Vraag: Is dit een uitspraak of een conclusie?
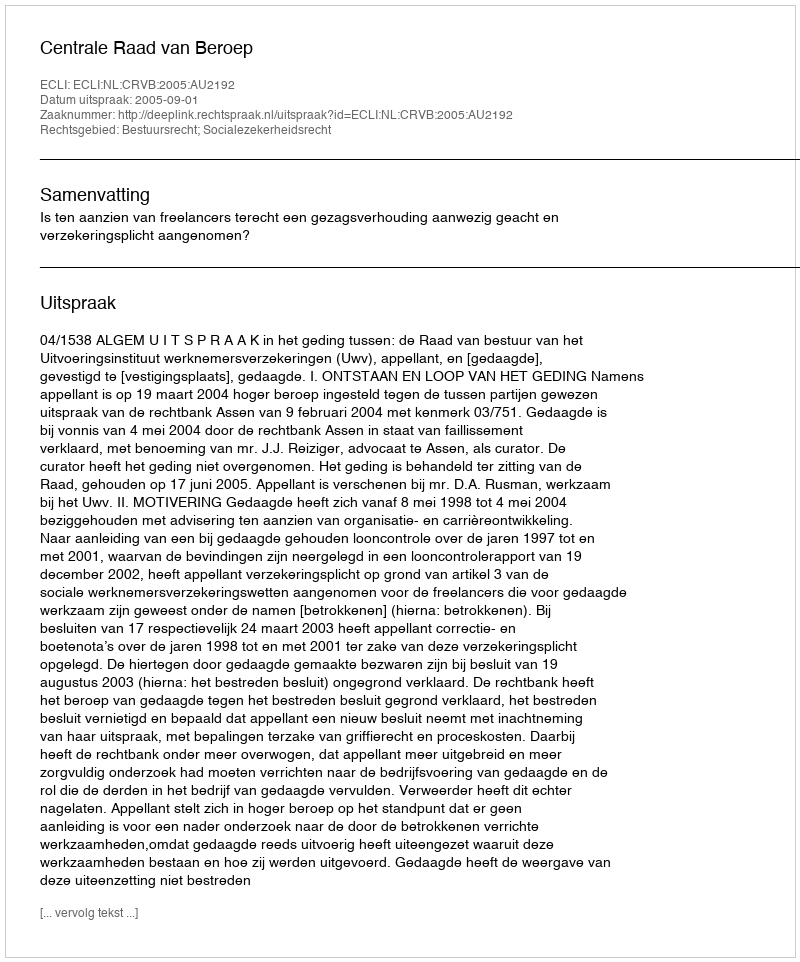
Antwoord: Uitspraak